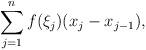
LaTeX: \begin{align*}\sum_{j=1}^n f(\xi_j)(x_j-x_{j-1}),\end{align*}